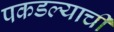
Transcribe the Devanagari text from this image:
पकडल्याची